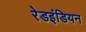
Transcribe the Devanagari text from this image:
रेडइंडियन